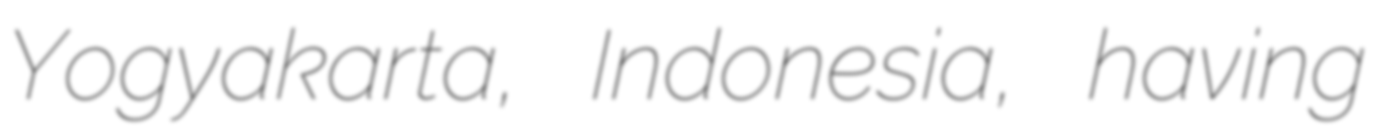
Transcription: Yogyakarta, Indonesia, having